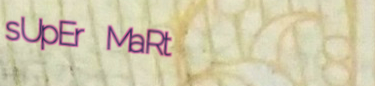
sUpEr MaRt